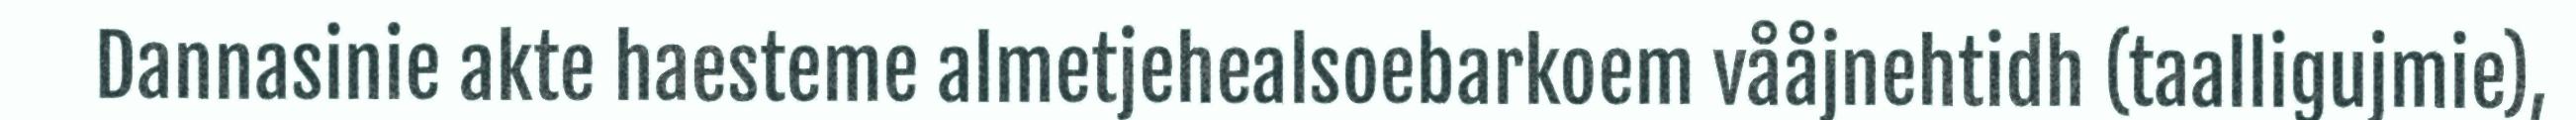
Dannasinie akte haesteme almetjehealsoebarkoem vååjnehtidh (taalligujmie),